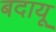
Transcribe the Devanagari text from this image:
बदायू